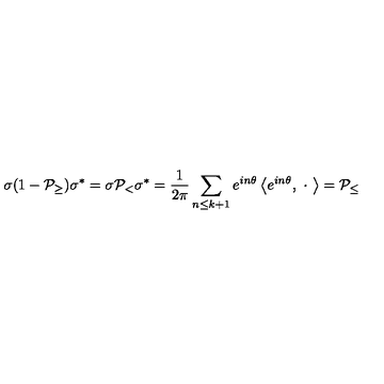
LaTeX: \sigma ( 1 - { \cal P } _ { \geq } ) \sigma ^ { * } = \sigma { \cal P } _ { < } \sigma ^ { * } = \frac 1 { 2 \pi } \sum _ { n \leq k + 1 } e ^ { i n \theta } \left\langle e ^ { i n \theta } , \ \cdot \ \right\rangle = { \cal P } _ { \leq }